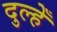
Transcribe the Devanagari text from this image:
दुल्हेँ